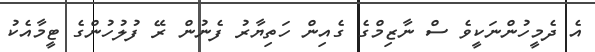
އެ ދެމީހުންނަކީވެ ސް ނާޒިމްގެ ގެއިން ހަތިޔާރު ފެނުން ރޭ ފުލުހުންގެ ޓީމާއެކު